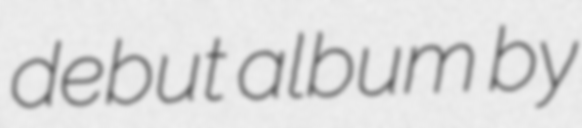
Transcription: debut album by